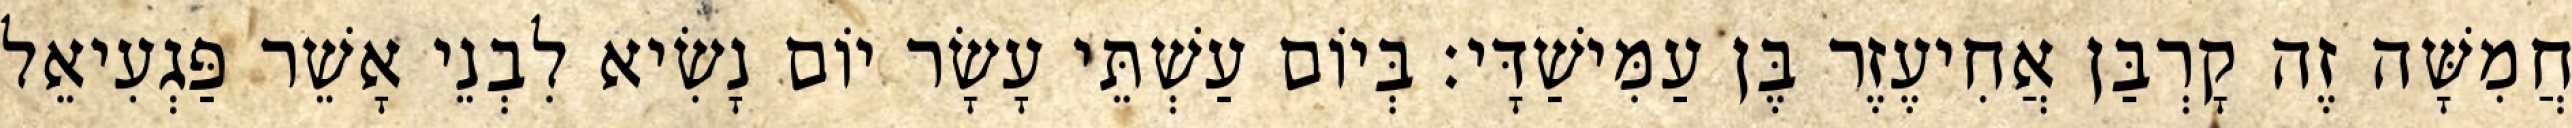
חֲמִשָּׁה זֶה קָרְבַּן אֲחִיעֶזֶר בֶּן עַמִּישַׁדָּי׃ בְּיוֹם עַשְׁתֵּי עָשָׂר יוֹם נָשִׂיא לִבְנֵי אָשֵׁר פַּגְעִיאֵל